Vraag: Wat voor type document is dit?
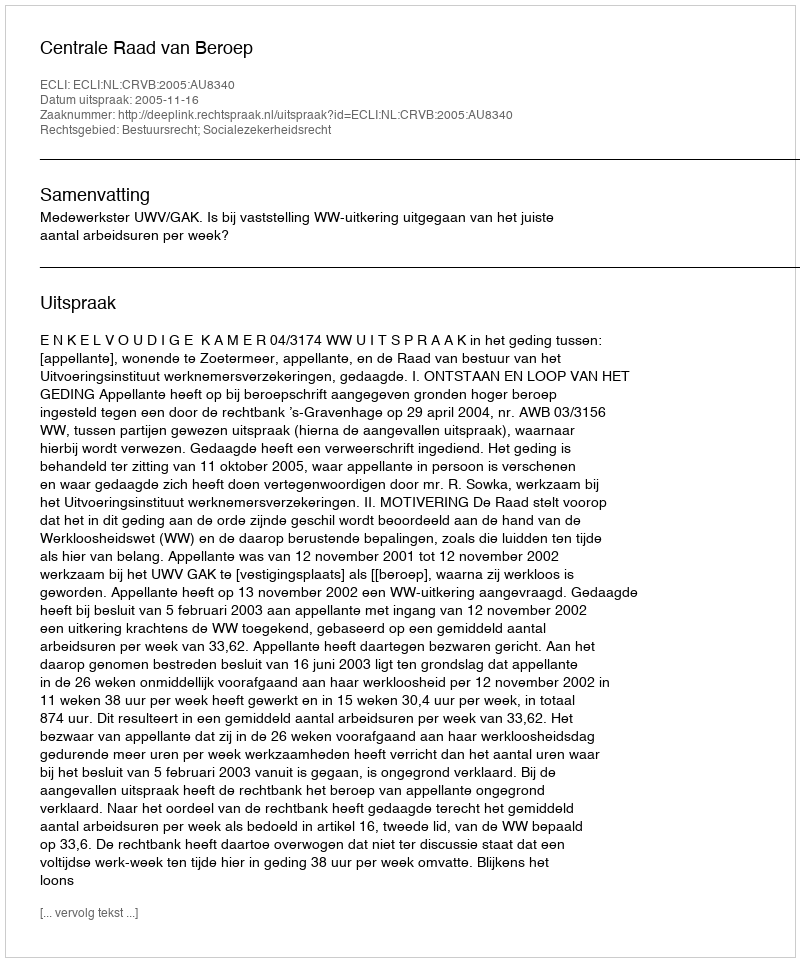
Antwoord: Uitspraak